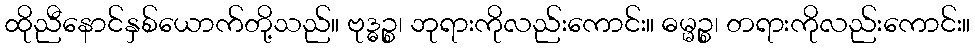
ထိုညီနောင်နှစ်ယောက်တို့သည်။ ဗုဒ္ဓဉ္စ၊ ဘုရားကိုလည်းကောင်း။ ဓမ္မဉ္စ၊ တရားကိုလည်းကောင်း။